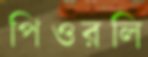
পিওরলি